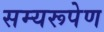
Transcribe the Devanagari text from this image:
सम्यरूपेण